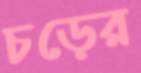
চড়ের